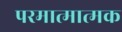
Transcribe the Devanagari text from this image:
परमात्मात्मक